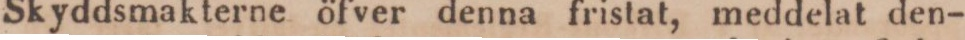
Skyddsmakterne öfver denna fristat, meddelat den-